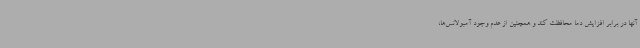
آنها در برابر افزایش دما محافظت کند و همچنین از عدم وجود آمبولانس‌ها،